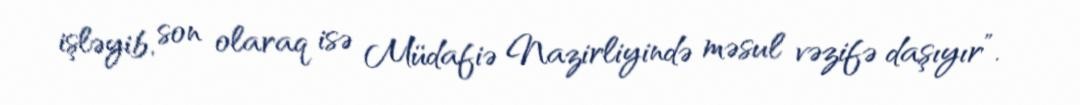
işləyib, son olaraq isə Müdafiə Nazirliyində məsul vəzifə daşıyır”.